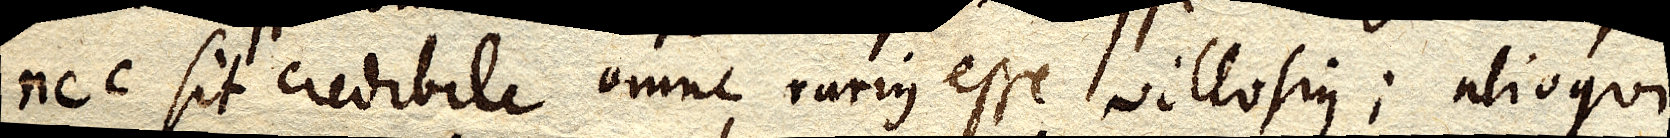
nec sit credibile omne rarius esse villosius; alioqui